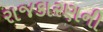
રાજકારણની